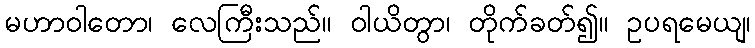
မဟာဝါတော၊ လေကြီးသည်။ ဝါယိတွာ၊ တိုက်ခတ်၍။ ဥပရမေယျ၊